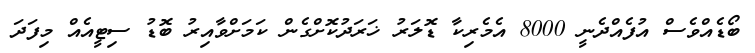
ބޯޑެއްވެސް އުފެއްދެނީ 8000 އެމެރިކާ ޑޮލަރު ޚަރަދުކޮށްގެން ކަމަށްވާއިރު ބޮޑު ސިޓީއެއް މިފަދަ